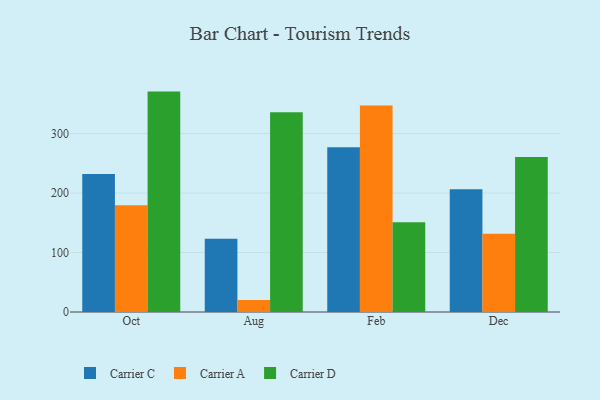
{"axis": {"x": "Month", "y": "Temperature (°C)"}, "legend": ["Carrier A", "Carrier C", "Carrier D"], "data": [{"x": "Oct", "y": 232.1, "type": "Carrier C"}, {"x": "Oct", "y": 179.5, "type": "Carrier A"}, {"x": "Oct", "y": 370.5, "type": "Carrier D"}, {"x": "Aug", "y": 123.3, "type": "Carrier C"}, {"x": "Aug", "y": 20.3, "type": "Carrier A"}, {"x": "Aug", "y": 335.6, "type": "Carrier D"}, {"x": "Feb", "y": 276.8, "type": "Carrier C"}, {"x": "Feb", "y": 347.3, "type": "Carrier A"}, {"x": "Feb", "y": 150.9, "type": "Carrier D"}, {"x": "Dec", "y": 206.5, "type": "Carrier C"}, {"x": "Dec", "y": 131.6, "type": "Carrier A"}, {"x": "Dec", "y": 260.5, "type": "Carrier D"}]}